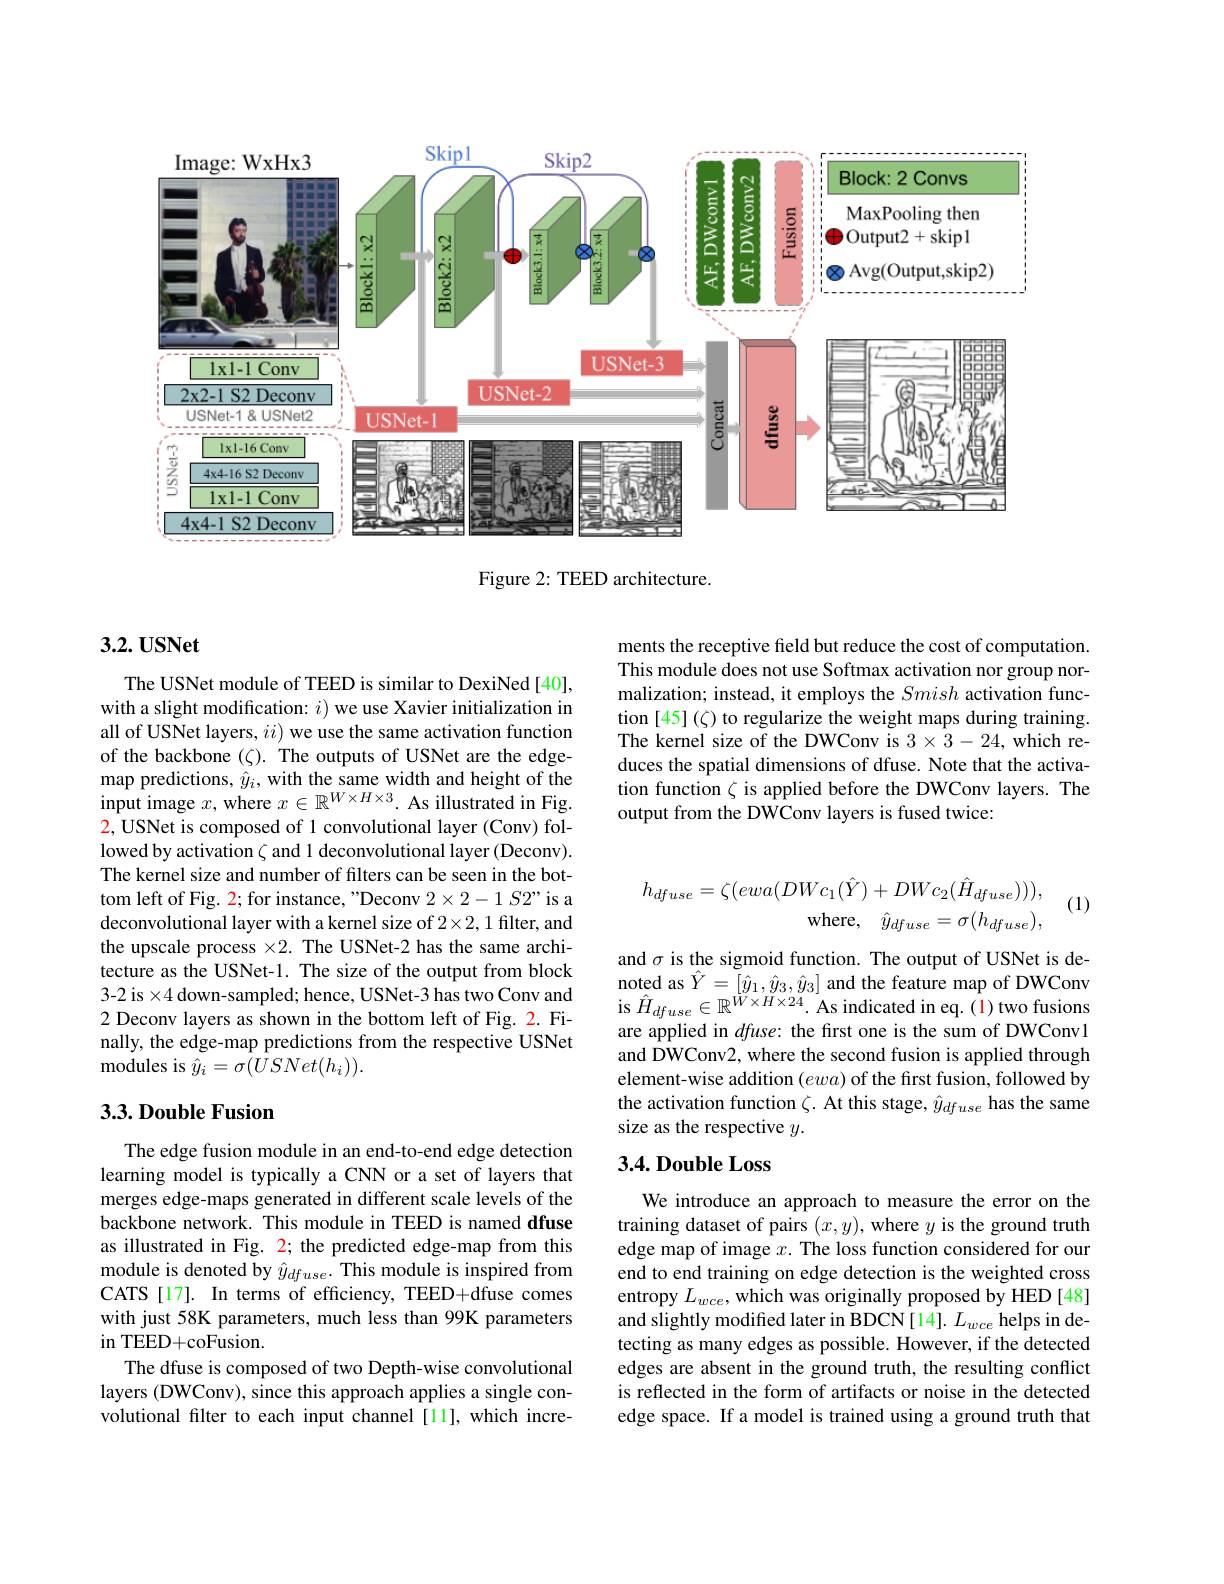
<FigureHere>

Figure 2: TEED architecture.

### $3. 2. \textbf{USNet}$

ments the receptive field but reduce the cost of computation. This module does not use Softmax activation nor group normalization; instead, it employs the Smish activation function [45](ζ) to regularize the weight maps during training. The kernel size of the DWConv is $3\times3-24$,which reduces the spatial dimensions of dfuse. Note that the activation function $\zeta$ is applied before the DWConv layers. The output from the DWConv layers is fused twice:

The USNet module of TEED is similar to DexiNed[40], with a slight modification: $i)$ we use Xavier initialization in all of USNet layers, $ii)$ we use the same activation function of the backbone $(\zeta).$ The outputs of USNet are the edge- $\begin{array}{l}\text{map predictions, }\hat{y}_{i},\text{with the same width and height of the}\\\text{input image }x,\text{where }x\in\mathbb{R}^{W\times H\times3}.\text{ As illustrated in Fig.}\end{array}$ $\color{red}2$,USNet is composed of 1 convolutional layer (Conv) followed by activation $\zeta$ and 1 deconvolutional layer (Deconv). The kernel size and number of filters can be seen in the bottom left of Fig. 2; for instance, "Deconv 2×2-1 S2” is a deconvolutional layer with a kernel size of $2\times2,1$ filter, and the upscale process $\times2.$ The USNet-2 has the same architecture as the USNet-1. The size of the output from block 3-2 is $\times4$ down-sampled; hence, USNet-3 has two Conv and 2 Deconv layers as shown in the bottom left of Fig. 2. Finally, the edge-map predictions from the respective USNet ${\mathrm{modules~is~}\hat{y}_{i}}=\sigma(USNet(h_{i})).$
$$\begin{aligned}h_{dfuse}=\zeta(ewa(DWc_{1}(\hat{Y})+DWc_{2}(\hat{H}_{dfuse}))),\\\text{where},\quad\hat{y}_{dfuse}=\sigma(h_{dfuse}),\end{aligned}$$
(1)

and $\sigma$ is the sigmoid function. The output of USNet is denoted as $\hat{Y}=[\hat{y}_{1},\hat{y}_{3},\hat{y}_{3}]$ and the feature map of DWConv is $\hat{H}_{dfuse}\in\mathbb{R}^{[0,1,0,0,0]}$.As indicated in eq.(1)two fusions are applied in $dfuse:$ the first one is the sum of DWConv1 and DWConv2, where the second fusion is applied through element-wise addition $(ewa)$ of the first fusion, followed by the activation function $\zeta.$ At this stage, $\hat{y}_{dfuse}$ has the same size as the respective $y.$

### 3.3. Double Fusion

## 3.4. Double Loss

The edge fusion module in an end-to-end edge detection learning model is typically a CNN or a set of layers that merges edge-maps generated in different scale levels of the backbone network. This module in TEED is named dfuse as illustrated in Fig. 2; the predicted edge-map from this module is denoted by $\hat{y}_{dfuse}.$ This module is inspired from CATS[17]. In terms of efficiency, TEED+dfuse comes with just 58K parameters, much less than 99K parameters in TEED+ coFusion.
The dfuse is composed of two Depth-wise convolutional layers (DWConv), since this approach applies a single convolutional filter to each input channel[11], which incre-

We introduce an approach to measure the error on the training dataset of pairs $(x,y)$, where $y$ is the ground truth edge map of image $x.$ The loss function considered for our end to end training on edge detection is the weighted cross entropy $L_wce$, which was originally proposed by HED [48] and slightly modified later in BDCN[14]. $L_wce$ helps in detecting as many edges as possible. However, if the detected edges are absent in the ground truth, the resulting conflict is reflected in the form of artifacts or noise in the detected edge space. If a model is trained using a ground truth that